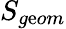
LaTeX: S_{g\mathrm{e}om}